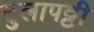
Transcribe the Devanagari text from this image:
टुलापट्टी